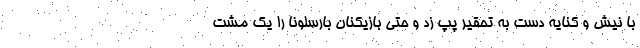
با نیش و کنایه دست به تحقیر پپ زد و حتی بازیکنان بارسلونا را یک مشت